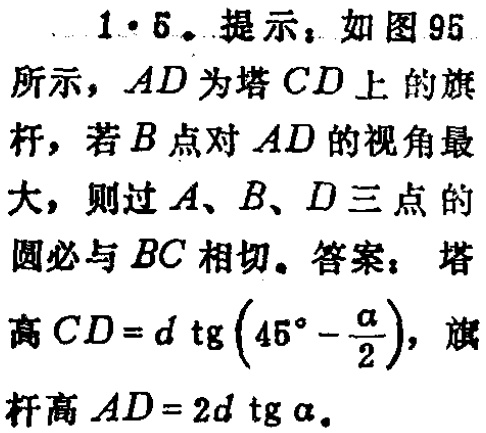
1.6. 提示：如图95所示，\(AD\)为塔\(CD\)上的旗杆，若\(B\)点对\(AD\)的视角最大，则过\(A\)、\(B\)、\(D\)三点的圆必与\(BC\)相切。答案：塔高\(CD = d\mathrm{tg}(45^{\circ}-\frac{\alpha}{2})\)，旗杆高\(AD = 2d\mathrm{tg}\alpha\)。